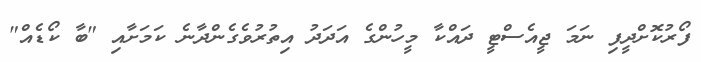
ފޯރުކޮށްދީފި ނަމަ ޖީއެސްޓީ ދައްކާ މީހުންގެ އަދަދު އިތުރުވެގެންދާނެ ކަމަށާއި "ބާ ކޯޑެއް"